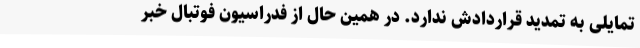
تمایلی به تمدید قراردادش ندارد. در همین حال از فدراسیون فوتبال خبر